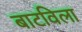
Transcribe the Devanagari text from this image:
बाटविला